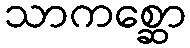
သာကစ္ဆော